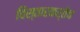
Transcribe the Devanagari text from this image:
विस्तारकर्तेच